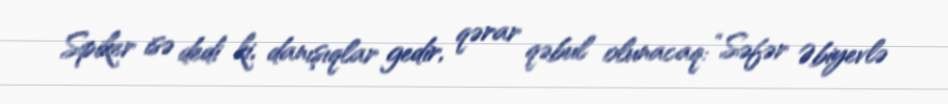
Spiker isə dedi ki, danışıqlar gedir, qərar qəbul olunacaq: “Səfər Əbiyevlə